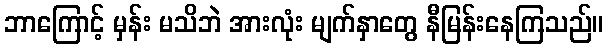
ဘာကြောင့် မှန်း မသိဘဲ အားလုံး မျက်နှာတွေ နီမြန်းနေကြသည်။